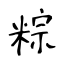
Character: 粽